Source: Handwritten
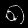
Digit: ၈ (8)